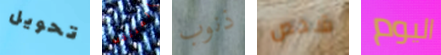
تحويل المنتخب ذنوب شخص اليوم